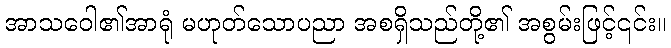
အာသဝေါ၏အာရုံ မဟုတ်သောပညာ အစရှိသည်တို့၏ အစွမ်းဖြင့်၎င်း။